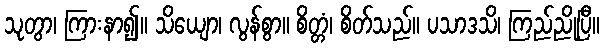
သုတွာ၊ ကြားနာ၍။ သိယျော၊ လွန်စွာ။ စိတ္တံ၊ စိတ်သည်။ ပသာဒသိ၊ ကြည်ညိုပြီ။